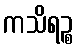
ကသိရဉ္စ